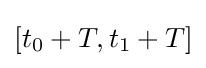
[t_{0}+T,t_{1}+T]